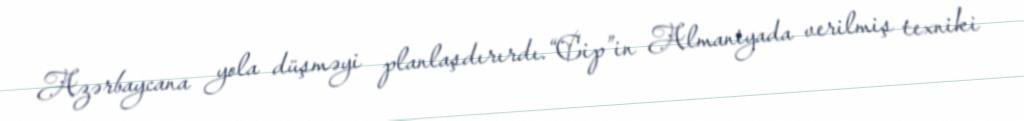
Azərbaycana yola düşməyi planlaşdırırdı.“Cip”in Almaniyada verilmiş texniki